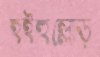
হইহুল্লোড়